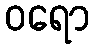
ဝရော